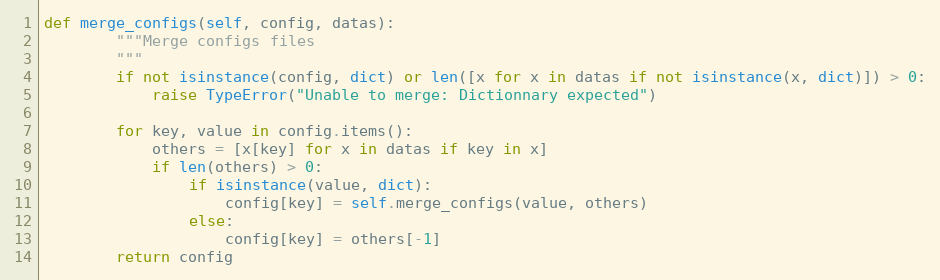
Language: Python
def merge_configs(self, config, datas):
        """Merge configs files
        """
        if not isinstance(config, dict) or len([x for x in datas if not isinstance(x, dict)]) > 0:
            raise TypeError("Unable to merge: Dictionnary expected")

        for key, value in config.items():
            others = [x[key] for x in datas if key in x]
            if len(others) > 0:
                if isinstance(value, dict):
                    config[key] = self.merge_configs(value, others)
                else:
                    config[key] = others[-1]
        return config